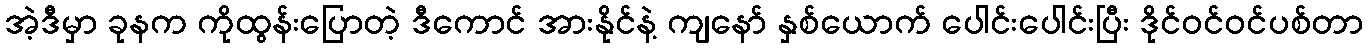
အဲ့ဒီမှာ ခုနက ကိုထွန်းပြောတဲ့ ဒီကောင် အားနိုင်နဲ့ ကျနော် နှစ်ယောက် ပေါင်းပေါင်းပြီး ဒိုင်ဝင်ဝင်ပစ်တာ